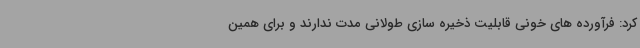
کرد: فرآورده های خونی قابلیت ذخیره سازی طولانی مدت ندارند و برای همین